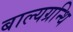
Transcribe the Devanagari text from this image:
बाल्यग्रन्थि